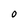
Character: 0